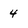
Character: 4